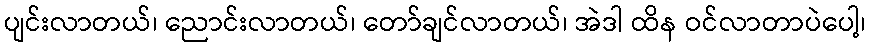
ပျင်းလာတယ်၊ ညောင်းလာတယ်၊ တော်ချင်လာတယ်၊ အဲဒါ ထိန ဝင်လာတာပဲပေါ့၊